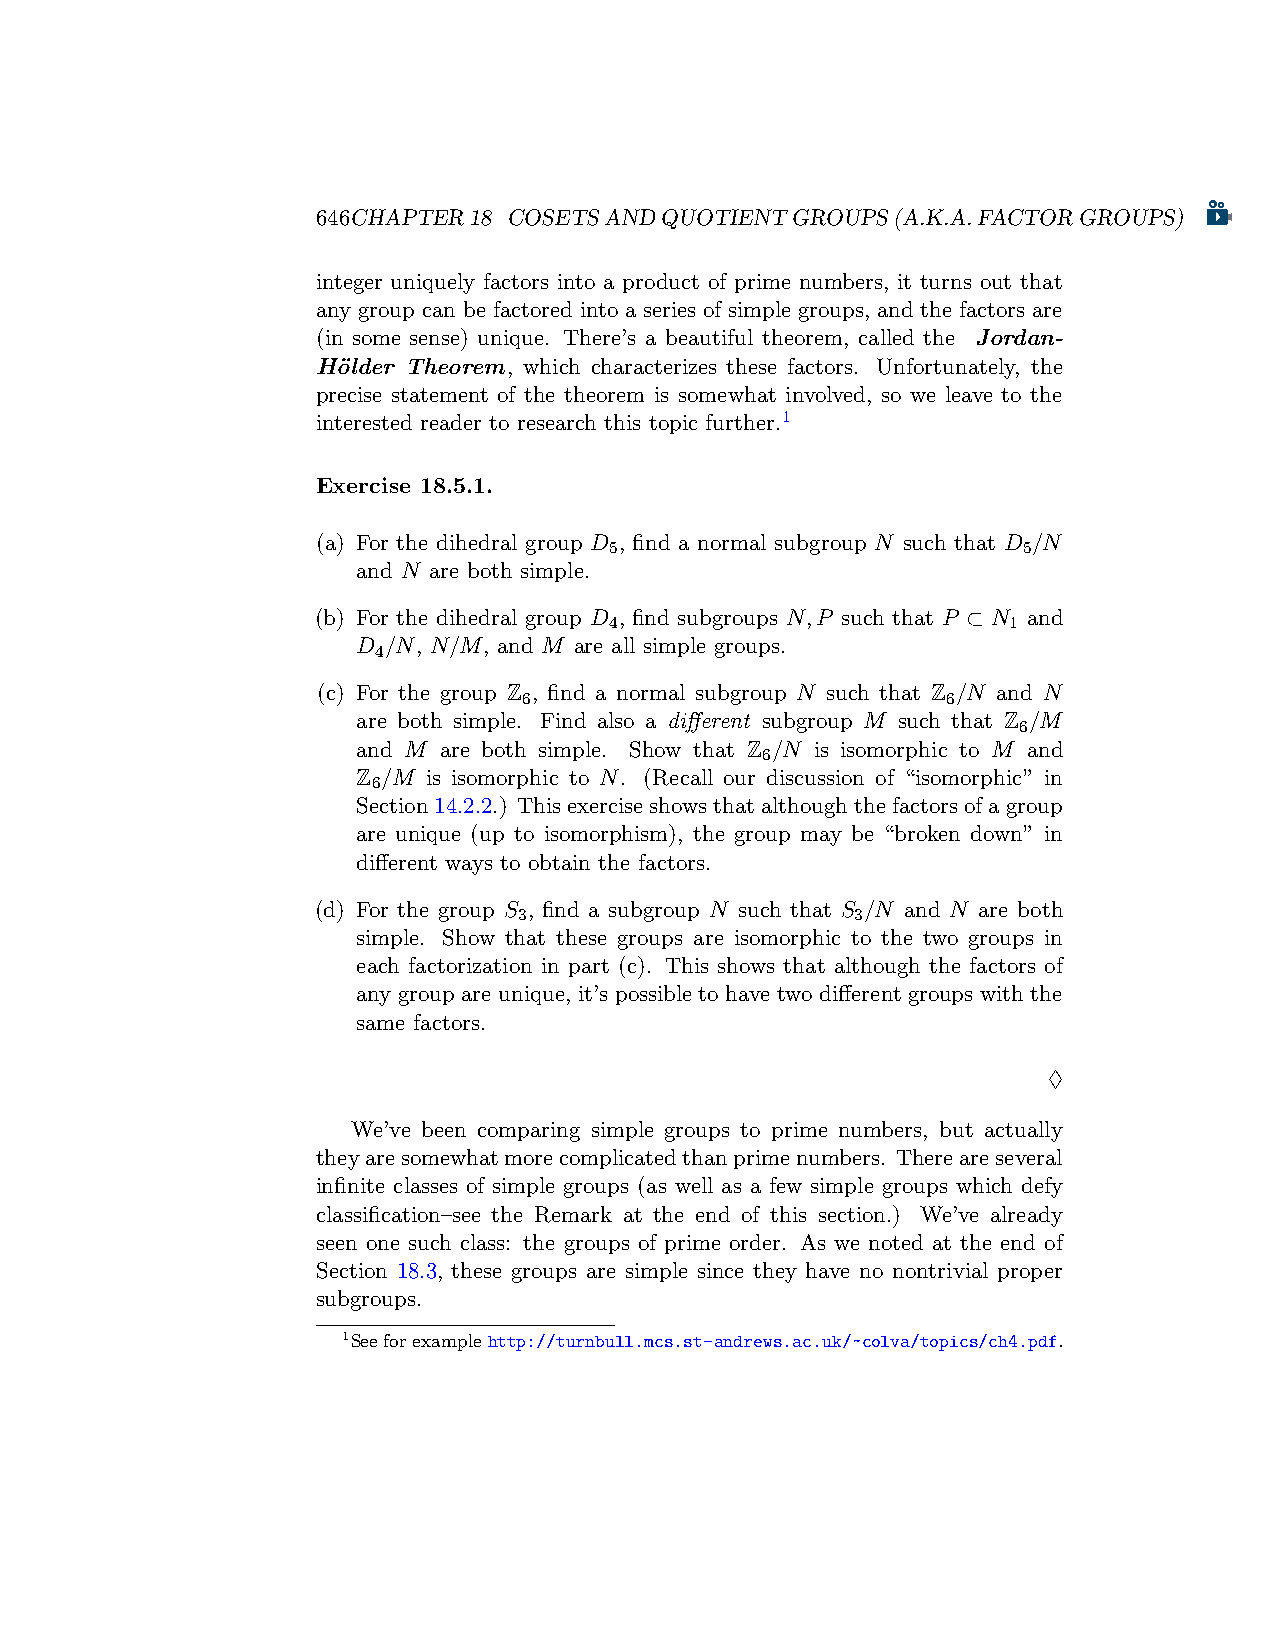
646CHAPTER18 COSETSANDQUOTIENTGROUPS(A.K.A.FACTORGROUPS)
 integer uniquely factors into a product of prime numbers, it turns out that
 any group can be factored into a series of simple groups, and the factors are
 (in some sense) unique. There’s a beautiful theorem, called the Jordan-
 H¨older Theorem, which characterizes these factors. Unfortunately, the
 precise statement of the theorem is somewhat involved, so we leave to the
 interested reader to research this topic further.1
 Exercise 18.5.1.
 (a) For the dihedral group D , find a normal subgroup N such that D /N
 5                           5
 and N are both simple.
 (b) For the dihedral group D , find subgroups N,P such that P ⊂ N and
 4                          1
 D /N, N/M, and M are all simple groups.
 4
 (c) For the group Z , find a normal subgroup N such that Z /N and N
 6                           6
 are both simple. Find also a different subgroup M such that Z /M
 6
 and M are both simple. Show that Z /N is isomorphic to M and
 6
 Z /M is isomorphic to N. (Recall our discussion of “isomorphic” in
 6
 Section14.2.2.) Thisexerciseshowsthatalthoughthefactorsofagroup
 are unique (up to isomorphism), the group may be “broken down” in
 different ways to obtain the factors.
 (d) For the group S , find a subgroup N such that S /N and N are both
 3                      3
 simple. Show that these groups are isomorphic to the two groups in
 each factorization in part (c). This shows that although the factors of
 any group are unique, it’s possible to have two different groups with the
 same factors.
 ♢
 We’ve been comparing simple groups to prime numbers, but actually
 theyaresomewhatmorecomplicatedthanprimenumbers. Thereareseveral
 infinite classes of simple groups (as well as a few simple groups which defy
 classification–see the Remark at the end of this section.) We’ve already
 seen one such class: the groups of prime order. As we noted at the end of
 Section 18.3, these groups are simple since they have no nontrivial proper
 subgroups.
 1Seeforexamplehttp://turnbull.mcs.st-andrews.ac.uk/~colva/topics/ch4.pdf.